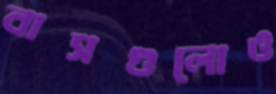
বাসগুলোও